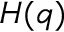
H ( q )